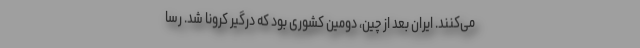
می‌کنند. ایران بعد از چین، دومین کشوری بود که درگیر کرونا شد. رسا